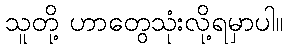
သူတို့ ဟာတွေသုံးလို့ရမှာပါ။